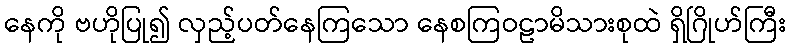
နေကို ဗဟိုပြု၍ လှည့်ပတ်နေကြသော နေစကြဝဠာမိသားစုထဲ ရှိဂြိုဟ်ကြီး